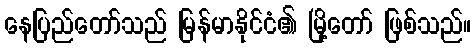
နေပြည်တော်သည် မြန်မာနိုင်ငံ၏ မြို့တော် ဖြစ်သည်။